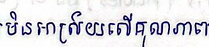
មិនអាស្រ័យលើគុណភាព